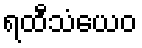
ရထီသံယေဝ